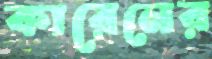
কারেনের